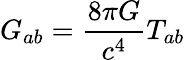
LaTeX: G_{ab}={\frac{8\pi G}{c^{4}}}T_{ab}